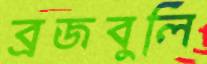
ব্রজবুলি